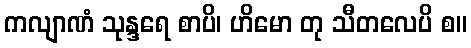
ကလျာဏံ သုန္ဒရေ စာပိ၊ ဟိမော တု သီတလေပိ စ။